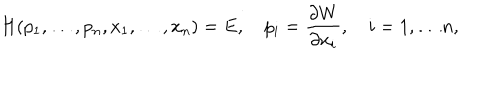
H ( p _ { 1 } , \ldots , p _ { n } , x _ { 1 } , \ldots , x _ { n } ) = E , \quad p _ { i } = { \frac { \partial W } { \partial x _ { i } } } , \quad i = 1 , \ldots n ,